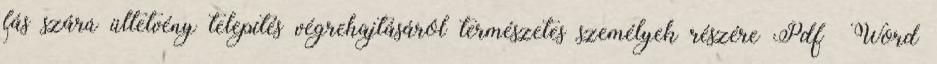
fás szárú ültetvény telepítés végrehajtásáról természetes személyek részére Pdf Word